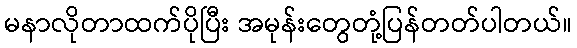
မနာလိုတာထက်ပိုပြီး အမုန်းတွေတုံ့ပြန်တတ်ပါတယ်။